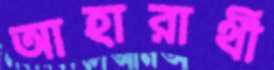
আহারার্থী